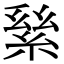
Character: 𦀣